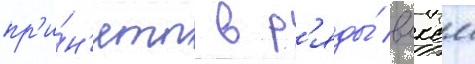
пр'и́н'яты в р'яды́ влксм